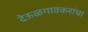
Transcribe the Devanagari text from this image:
देऊळगावकरांचा